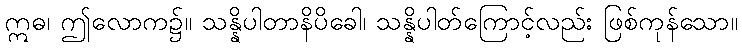
ဣဓ၊ ဤလောက၌။ သန္နိပါတာနိပိခေါ၊ သန္နိပါတ်ကြောင့်လည်း ဖြစ်ကုန်သော။